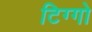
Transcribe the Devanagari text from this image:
टिग्गो